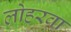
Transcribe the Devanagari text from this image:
लोहरवा